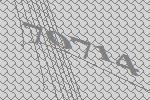
70714